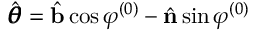
\hat { \pmb { \theta } } = \hat { \mathbf { b } } \cos \varphi ^ { ( 0 ) } - \hat { \mathbf { n } } \sin \varphi ^ { ( 0 ) }